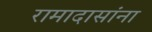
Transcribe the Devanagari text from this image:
रामादासांना